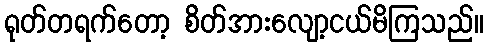
ရုတ်တရက်တော့ စိတ်အားလျော့ငယ်မိကြသည်။